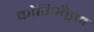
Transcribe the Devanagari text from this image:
कोरिअँड्रम